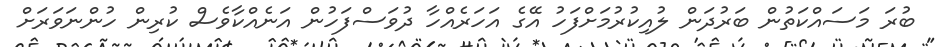
ބުރަ މަސައްކަތުން ބަރުދަން ލުއިކުރުމަށްފަހު އޭގެ އަހަރެއްހާ ދުވަސްފަހުން އަނެއްކާވެސް ކުރިން ހުންނަވަރަށް